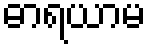
ဓာရယာမ